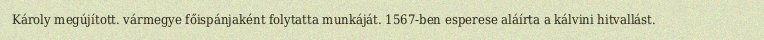
Károly megújított. vármegye főispánjaként folytatta munkáját. 1567-ben esperese aláírta a kálvini hitvallást.